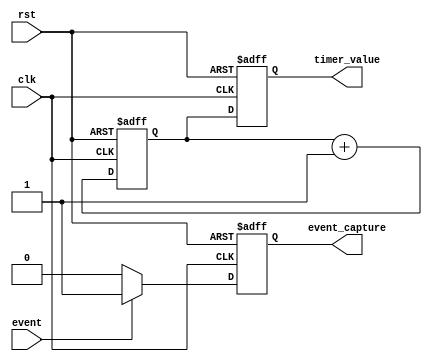
module event_timer
(
  input wire clk,
  input wire rst,
  input wire event,
  output reg [31:0] timer_value,
  output reg event_capture
);

reg [31:0] counter;

always @(posedge clk or posedge rst) begin
  if (rst) begin
    counter <= 32'd0;
    timer_value <= 32'd0;
    event_capture <= 1'b0;
  end else begin
    counter <= counter + 1;
    timer_value <= counter;
    if (event) begin
      event_capture <= 1'b1;
    end else begin
      event_capture <= 1'b0;
    end
  end
end

endmodule